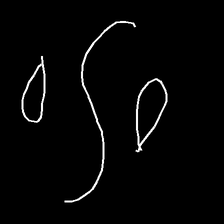
Glyph: water